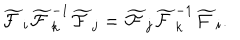
\widetilde { \cal F } _ { i } \widetilde { \cal F } _ { k } ^ { - 1 } \widetilde { \cal F } _ { j } = \widetilde { \cal F } _ { j } \widetilde { \cal F } _ { k } ^ { - 1 } \widetilde { \cal F } _ { i } .